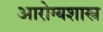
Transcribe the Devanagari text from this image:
आरोग्यशास्त्र